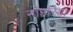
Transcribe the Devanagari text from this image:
नाहरिया